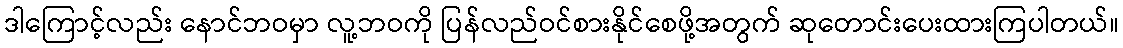
ဒါကြောင့်လည်း နောင်ဘဝမှာ လူ့ဘဝကို ပြန်လည်ဝင်စားနိုင်စေဖို့အတွက် ဆုတောင်းပေးထားကြပါတယ်။